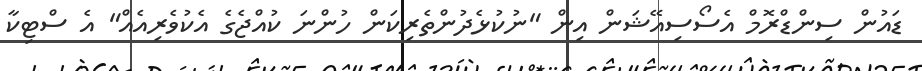
ޑައުން ސިންޑްރޮމް އެސޯސިއޭޝަން އިން "ނުކުޅެދުންތެރިކަން ހުންނަ ކުއްޖެގެ އެކުވެރިއެއް" އެ ސްޓިކާ